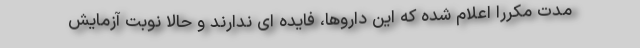
مدت مکرراً اعلام شده که این داروها، فایده ای ندارند و حالا نوبت آزمایش